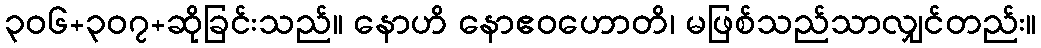
၃၀၆+၃၀၇+ဆိုခြင်းသည်။ နောဟိ နောဧဝဟောတိ၊ မဖြစ်သည်သာလျှင်တည်း။